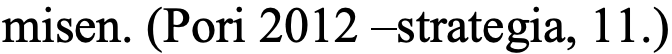
misen. (Pori 2012 –strategia, 11.)